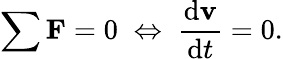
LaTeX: \sum\mathbf{F}=0\; \Leftrightarrow\; {\frac{\mathrm{d}\mathbf{v}}{\mathrm{d}t}}=0.